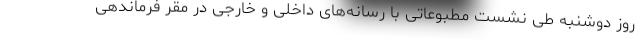
روز دوشنبه طی نشست مطبوعاتی با رسانه‌های داخلی و خارجی در مقر فرماندهی